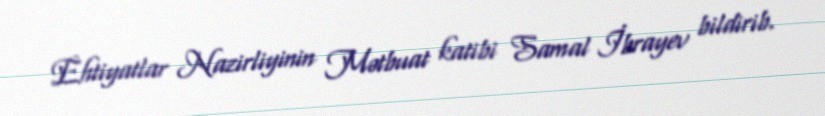
Ehtiyatlar Nazirliyinin Mətbuat katibi Samal İbrayev bildirib.